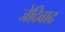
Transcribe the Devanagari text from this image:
जेदिवाद